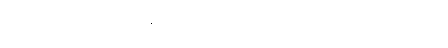
ကျိန်ဆိုပွဲပဲဆိုတော့ အချိန်အခါကိုက်ပဲလို့ အိမ်ဖြူတော်ကလည်း ဆိုပါတယ်။